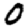
Digit: 0